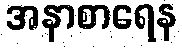
အနာစာရေန